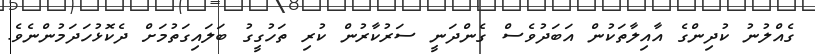
ގެއްލުނު ކުދިންގެ އާއިލާތަކުން އަބަދުވެސް ގެންދަނީ ސަރުކާރުން ކުރި ތަހުގީގު ބަލައިގަތުމަށް ދެކޮޅުހަދަމުންނެވެ.